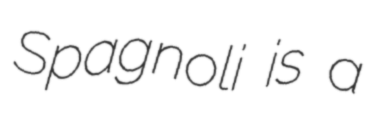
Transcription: Spagnoli is a